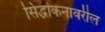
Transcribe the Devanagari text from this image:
सिद्धांकनावरील